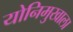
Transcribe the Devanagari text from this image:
योनिमुखाला